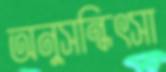
অনুসন্ধিৎসা